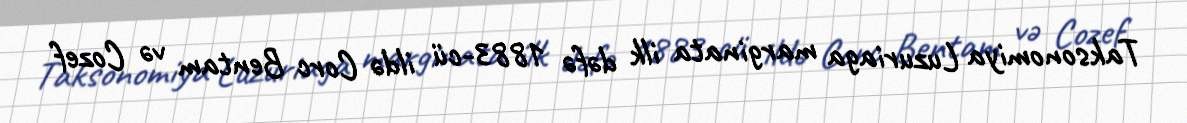
Taksonomiya Luzuriaga marginata ilk dəfə 1883-cü ildə Corc Bentam və Cozef